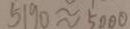
5 1 9 0 \approx 5 0 0 0